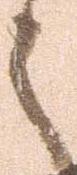
之